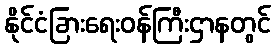
နိုင်ငံခြားရေးဝန်ကြီးဌာနတွင်